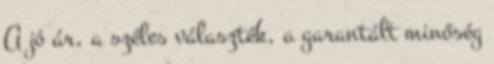
A jó ár, a széles választék, a garantált minőség